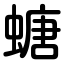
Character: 螗